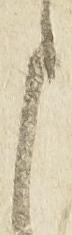
申